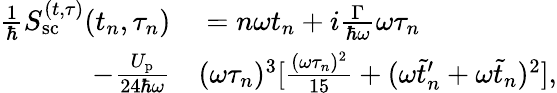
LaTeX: \begin{array}{rl}{\frac{1}{\hbar}S_{\mathrm{sc}}^{(t,\tau)}(t_{n},\tau_{n})}&{{}=n\omega t_{n}+i\frac{\Gamma}{\hbar\omega}\omega\tau_{n}}\\ {-\frac{U_{\mathrm{p}}}{24\hbar\omega}}&{{}(\omega\tau_{n})^{3}[\frac{(\omega\tau_{n})^{2}}{15}+(\omega\tilde{t}_{n}^{\prime}+\omega\tilde{t}_{n})^{2}],}\end{array}